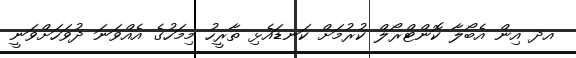
އދ އިން އެބޯލާ ކޮންޓްރޯލް ކުރުމަށް ކަނޑައެޅި ތާރީހު މިމަހުގެ އެއްވަނަ ދުވަހަށްވަނީ